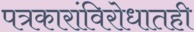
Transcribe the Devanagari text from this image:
पत्रकारांविरोधातही